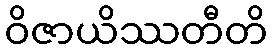
ဝိဇာယိဿတီတိ